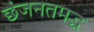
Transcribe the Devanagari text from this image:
छंजनतमद्ध